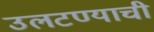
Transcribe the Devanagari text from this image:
उलटण्याची